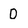
Character: D